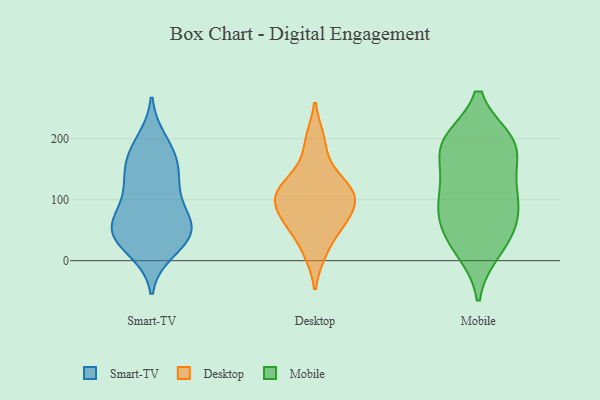
{"axis": {"x": "Market Share (%)", "y": "Value"}, "legend": ["Desktop", "Mobile", "Smart-TV"], "data": [{"x": "", "y": 121, "type": "Smart-TV"}, {"x": "", "y": 18, "type": "Smart-TV"}, {"x": "", "y": 52, "type": "Smart-TV"}, {"x": "", "y": 62, "type": "Smart-TV"}, {"x": "", "y": 38, "type": "Smart-TV"}, {"x": "", "y": 172, "type": "Smart-TV"}, {"x": "", "y": 133, "type": "Smart-TV"}, {"x": "", "y": 64, "type": "Smart-TV"}, {"x": "", "y": 195, "type": "Smart-TV"}, {"x": "", "y": 174, "type": "Smart-TV"}, {"x": "", "y": 149, "type": "Smart-TV"}, {"x": "", "y": 62, "type": "Smart-TV"}, {"x": "", "y": 37, "type": "Smart-TV"}, {"x": "", "y": 102, "type": "Smart-TV"}, {"x": "", "y": 40, "type": "Smart-TV"}, {"x": "", "y": 119, "type": "Desktop"}, {"x": "", "y": 151, "type": "Desktop"}, {"x": "", "y": 107, "type": "Desktop"}, {"x": "", "y": 12, "type": "Desktop"}, {"x": "", "y": 105, "type": "Desktop"}, {"x": "", "y": 107, "type": "Desktop"}, {"x": "", "y": 200, "type": "Desktop"}, {"x": "", "y": 58, "type": "Desktop"}, {"x": "", "y": 60, "type": "Desktop"}, {"x": "", "y": 76, "type": "Desktop"}, {"x": "", "y": 25, "type": "Mobile"}, {"x": "", "y": 184, "type": "Mobile"}, {"x": "", "y": 17, "type": "Mobile"}, {"x": "", "y": 101, "type": "Mobile"}, {"x": "", "y": 120, "type": "Mobile"}, {"x": "", "y": 189, "type": "Mobile"}, {"x": "", "y": 99, "type": "Mobile"}, {"x": "", "y": 195, "type": "Mobile"}, {"x": "", "y": 72, "type": "Mobile"}, {"x": "", "y": 195, "type": "Mobile"}, {"x": "", "y": 136, "type": "Mobile"}, {"x": "", "y": 48, "type": "Mobile"}, {"x": "", "y": 191, "type": "Mobile"}, {"x": "", "y": 66, "type": "Mobile"}]}